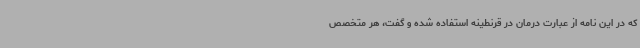
که در این نامه از عبارت درمان در قرنطینه استفاده شده و گفت، هر متخصص